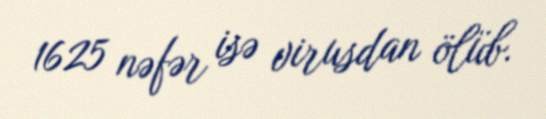
1625 nəfər isə virusdan ölüb.